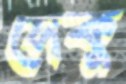
সেকু